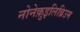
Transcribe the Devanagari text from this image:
नोनेक़ुइलिब्रिउम